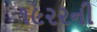
૧૯૨૨ની